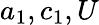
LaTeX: a_{1},c_{1},U